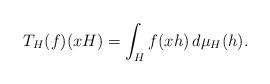
LaTeX: \begin{align*} T_H(f) (xH) = \int_H f(xh) \, d\mu_H(h).\end{align*}